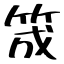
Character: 筬